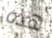
هذه